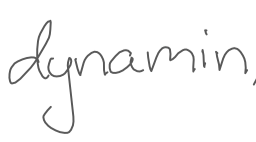
Text: dynamin
Cross-out: clean
Writing tool: digital_gray